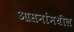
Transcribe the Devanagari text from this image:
आसनांमधील